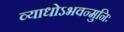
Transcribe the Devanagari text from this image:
व्याधोऽभवन्मुनिः